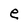
Character: e